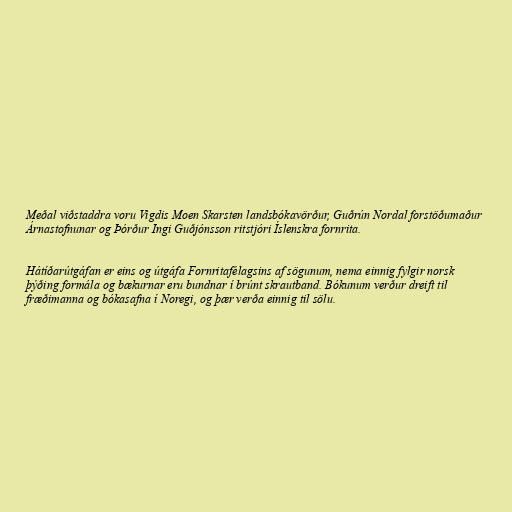
Meðal viðstaddra voru Vigdis Moen Skarsten landsbókavörður, Guðrún Nordal forstöðumaður
Árnastofnunar og Þórður Ingi Guðjónsson ritstjóri Íslenskra fornrita.

Hátíðarútgáfan er eins og útgáfa Fornritafélagsins af sögunum, nema einnig fylgir norsk
þýðing formála og bækurnar eru bundnar í brúnt skrautband. Bókunum verður dreift til
fræðimanna og bókasafna í Noregi, og þær verða einnig til sölu.